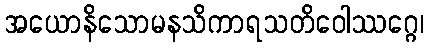
အယောနိသောမနသိကာရသတိဝေါဿဂ္ဂေ၊